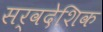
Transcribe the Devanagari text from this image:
सर्वदेशिक